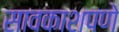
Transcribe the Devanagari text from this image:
सावकाशपणे